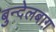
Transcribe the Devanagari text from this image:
बुन्देलबाग़